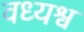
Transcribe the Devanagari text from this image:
वध्यश्व